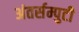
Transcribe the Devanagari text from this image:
अंतर्सम्पुटी